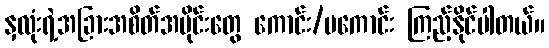
နှလုံးရဲ့အခြားအစိတ်အပိုင်းတွေ ကောင်း/မကောင်း ကြည့်နိုင်ပါတယ်။